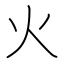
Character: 火